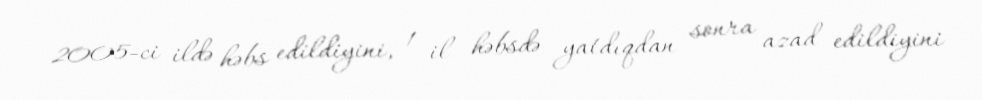
2005-ci ildə həbs edildiyini, 1 il həbsdə yatdıqdan sonra azad edildiyini